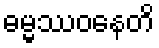
ဓမ္မဿဝနေတိ